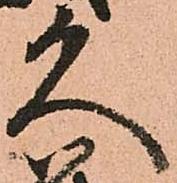
久